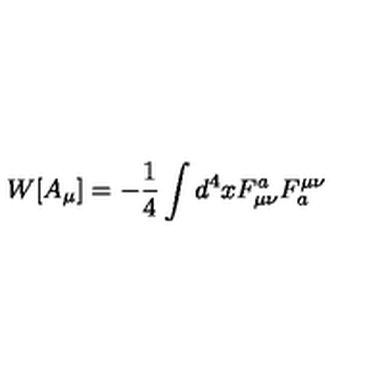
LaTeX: W [ A _ { \mu } ] = - \frac { 1 } { 4 } \int d ^ { 4 } x { F _ { \mu \nu } ^ { a } { F _ { a } ^ { \mu \nu } } }